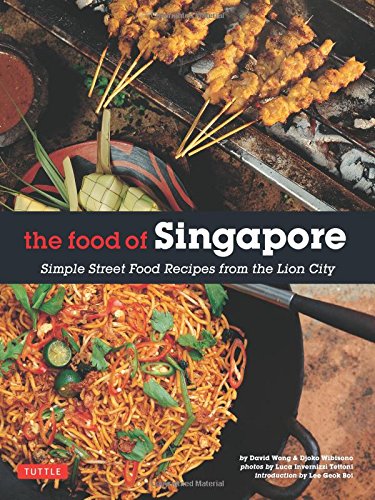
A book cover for The Food of Singapore: Simple Street Food Recipes from the Lion City [Singapore Cookbook, 64 Recipes]; Djoko Wibisono; Cookbooks, Food & Wine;